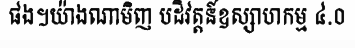
ផង។យ៉ាងណាមិញ បដិវត្តន៍ឧស្សាហកម្ម ៤.០